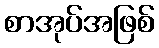
စာအုပ်အဖြစ်